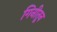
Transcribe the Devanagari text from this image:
गिनीतून